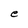
Character: e